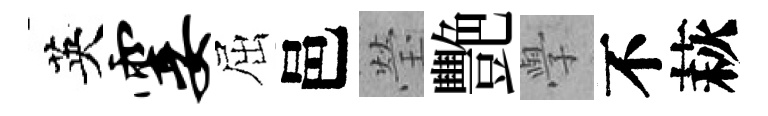
英霎屈邑瑩艷𭓕不萩